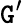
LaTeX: \mathtt{G}^{\prime}